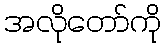
အလိုတော်ကို